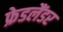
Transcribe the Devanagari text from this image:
फ्रेडलैंडर